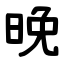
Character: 晚